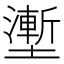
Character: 壍